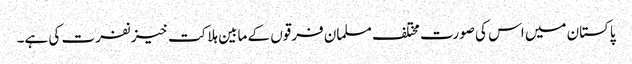
پاکستان میں اس کی صورت مختلف مسلمان فرقوں کے مابین ہلاکت خیز نفرت کی ہے۔